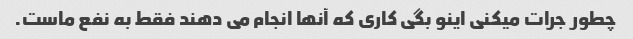
چطور جرات میکنی اینو بگی کاری که آنها انجام می دهند فقط به نفع ماست.